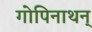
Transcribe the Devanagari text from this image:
गोपिनाथन्